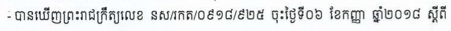
- បានឃើញព្រះរាជក្រឺត្យលេខ នស/រកត/០៩១៨/៩២៥ ចុះថ្ងៃទី០៦ ខែកញ្ញា ឆ្នាំ២០១៨ ស្ដីពី